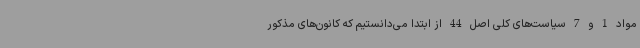
مواد 1 و 7 سیاست‌های کلی اصل 44 از ابتدا می‌دانستیم که کانون‌های مذکور